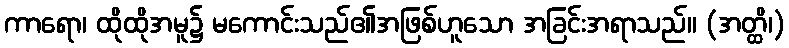
ကာရော၊ ထိုထိုအမူ၌ မကောင်းသည်၏အဖြစ်ဟူသော အခြင်းအရာသည်။ (အတ္ထိ၊)